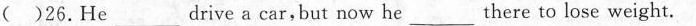
( )26. He ___ drive a car,but now he ___ there to lose weight.